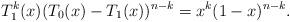
LaTeX: \begin{align*}T_1^k(x)(T_0(x)-T_1(x))^{n-k}=x^k(1-x)^{n-k}.\end{align*}